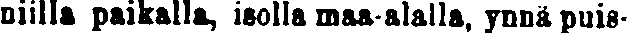
niilla paikalla, isolla maa-alalla, ynnä puis-